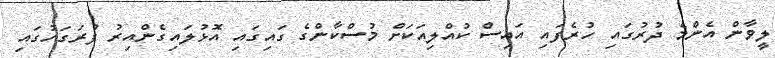
ލީވާން އެންމެ ދުރުގައި ހުރެފައި އައިސް ކުއްލިއަކަށް މުސްކާންގެ ގައިގައި އޮޅުލައިގެންއިރު ފުރަގަހުގައި